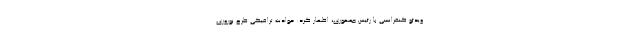
ویدئو کنفرانسی با رئیس جمهوری، اظهار کرد: حوادث ترافیکیِ طرح نوروزی